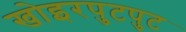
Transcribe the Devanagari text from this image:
खोइरपुटपुट